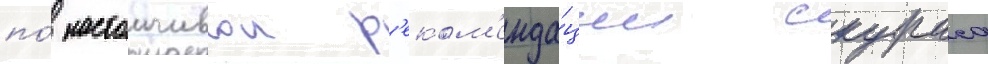
по́ настоичивои р'еком'енда́ции скураса